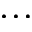
\dots